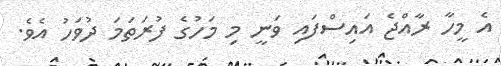
އެ މީހާ ރާއްޖެ އައިސްފައި ވަނީ މި މަހުގެ ފުރަތަމަ ދުވަހު އެވެ.